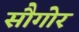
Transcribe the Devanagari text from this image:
सौगोर